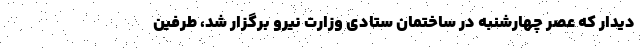
دیدار که عصر چهارشنبه در ساختمان ستادی وزارت نیرو برگزار شد، طرفین